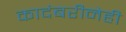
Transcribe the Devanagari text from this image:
कादंबरीनेही